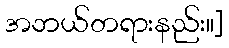
အဘယ်တရားနည်း။]